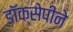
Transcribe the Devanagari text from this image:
डॉक्सेपीने